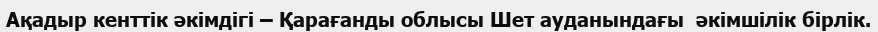
Ақадыр кенттік әкімдігі – Қарағанды облысы Шет ауданындағы  әкімшілік бірлік.